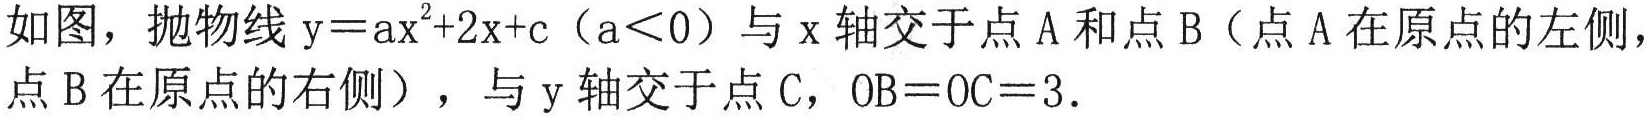
如图，抛物线$\mathrm{y}=a\mathrm{x}^{2}+2\mathrm{x}+c$（$a<0$）与$\mathrm{x}$轴交于点$\mathrm{A}$和点$\mathrm{B}$（点$\mathrm{A}$在原点的左侧，点$\mathrm{B}$在原点的右侧），与$\mathrm{y}$轴交于点$\mathrm{C}$，$\mathrm{O}\mathrm{B}=\mathrm{O}\mathrm{C}=3$.